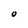
Character: O